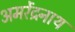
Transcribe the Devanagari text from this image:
अमरेंद्रनाथ